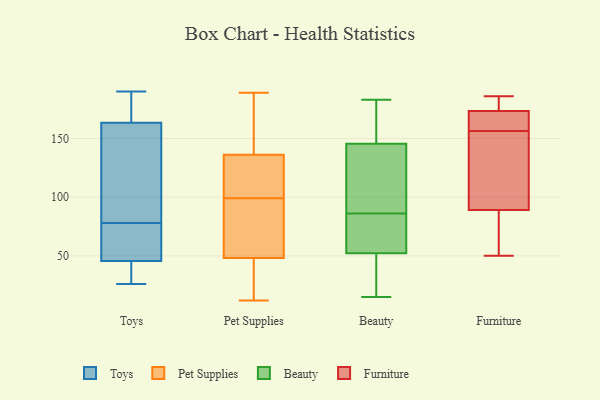
{"axis": {"x": "Website Visitors", "y": "Value"}, "legend": ["Beauty", "Furniture", "Pet Supplies", "Toys"], "data": [{"x": "", "y": 187, "type": "Toys"}, {"x": "", "y": 28, "type": "Toys"}, {"x": "", "y": 50, "type": "Toys"}, {"x": "", "y": 33, "type": "Toys"}, {"x": "", "y": 26, "type": "Toys"}, {"x": "", "y": 110, "type": "Toys"}, {"x": "", "y": 60, "type": "Toys"}, {"x": "", "y": 78, "type": "Toys"}, {"x": "", "y": 143, "type": "Toys"}, {"x": "", "y": 32, "type": "Toys"}, {"x": "", "y": 167, "type": "Toys"}, {"x": "", "y": 190, "type": "Toys"}, {"x": "", "y": 69, "type": "Toys"}, {"x": "", "y": 44, "type": "Toys"}, {"x": "", "y": 149, "type": "Toys"}, {"x": "", "y": 63, "type": "Toys"}, {"x": "", "y": 164, "type": "Toys"}, {"x": "", "y": 188, "type": "Toys"}, {"x": "", "y": 162, "type": "Toys"}, {"x": "", "y": 186, "type": "Pet Supplies"}, {"x": "", "y": 189, "type": "Pet Supplies"}, {"x": "", "y": 135, "type": "Pet Supplies"}, {"x": "", "y": 105, "type": "Pet Supplies"}, {"x": "", "y": 16, "type": "Pet Supplies"}, {"x": "", "y": 111, "type": "Pet Supplies"}, {"x": "", "y": 128, "type": "Pet Supplies"}, {"x": "", "y": 43, "type": "Pet Supplies"}, {"x": "", "y": 86, "type": "Pet Supplies"}, {"x": "", "y": 30, "type": "Pet Supplies"}, {"x": "", "y": 99, "type": "Pet Supplies"}, {"x": "", "y": 50, "type": "Pet Supplies"}, {"x": "", "y": 140, "type": "Pet Supplies"}, {"x": "", "y": 66, "type": "Pet Supplies"}, {"x": "", "y": 12, "type": "Pet Supplies"}, {"x": "", "y": 92, "type": "Pet Supplies"}, {"x": "", "y": 168, "type": "Pet Supplies"}, {"x": "", "y": 147, "type": "Beauty"}, {"x": "", "y": 86, "type": "Beauty"}, {"x": "", "y": 147, "type": "Beauty"}, {"x": "", "y": 59, "type": "Beauty"}, {"x": "", "y": 50, "type": "Beauty"}, {"x": "", "y": 92, "type": "Beauty"}, {"x": "", "y": 179, "type": "Beauty"}, {"x": "", "y": 16, "type": "Beauty"}, {"x": "", "y": 35, "type": "Beauty"}, {"x": "", "y": 15, "type": "Beauty"}, {"x": "", "y": 141, "type": "Beauty"}, {"x": "", "y": 69, "type": "Beauty"}, {"x": "", "y": 183, "type": "Beauty"}, {"x": "", "y": 140, "type": "Beauty"}, {"x": "", "y": 76, "type": "Beauty"}, {"x": "", "y": 186, "type": "Furniture"}, {"x": "", "y": 60, "type": "Furniture"}, {"x": "", "y": 102, "type": "Furniture"}, {"x": "", "y": 152, "type": "Furniture"}, {"x": "", "y": 50, "type": "Furniture"}, {"x": "", "y": 186, "type": "Furniture"}, {"x": "", "y": 76, "type": "Furniture"}, {"x": "", "y": 161, "type": "Furniture"}, {"x": "", "y": 174, "type": "Furniture"}, {"x": "", "y": 107, "type": "Furniture"}, {"x": "", "y": 173, "type": "Furniture"}, {"x": "", "y": 167, "type": "Furniture"}]}